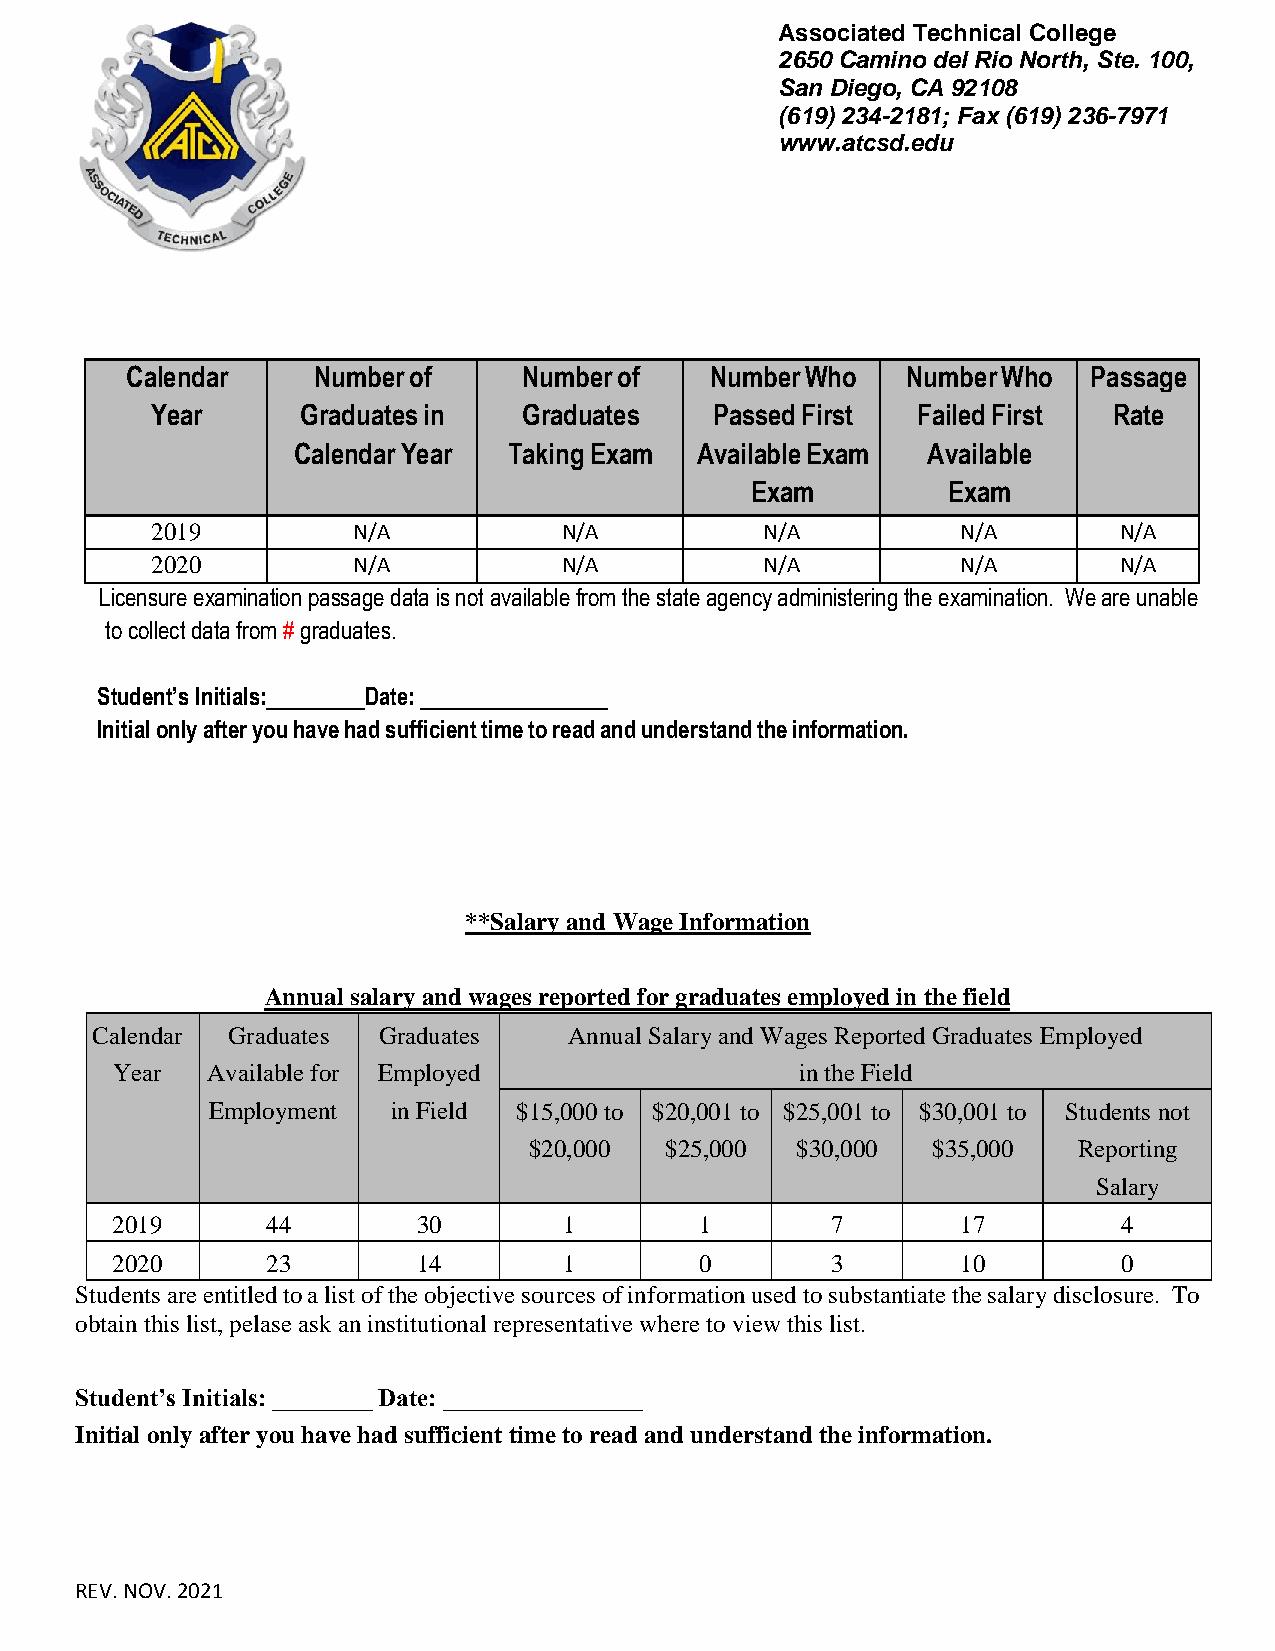
Associated Technical College
 2650 Camino del Rio North, Ste. 100,
 San Diego, CA 92108
 (619) 234-2181; Fax (619) 236-7971
 www.atcsd.edu
 Calendar     Number of     Number of   Number Who   Number Who  Passage
 Year      Graduates in   Graduates   Passed First  Failed First Rate
 Calendar Year  Taking Exam Available Exam Available
 Exam         Exam
 2019         N/A           N/A           N/A          N/A       N/A
 2020         N/A           N/A           N/A          N/A       N/A
 Licensure examination passage data is not available from the state agency administering the examination. We are unable
 to collect data from # graduates.
 Student’s Initials: Date:
 Initial only after you have had sufficient time to read and understand the information.
 **Salary and Wage Information
 Annual salary and wages reported for graduates employed in the field
 Calendar Graduates Graduates    Annual Salary and Wages Reported Graduates Employed
 Year   Available for Employed                 in the Field
 Employment  in Field $15,000 to $20,001 to $25,001 to $30,001 to Students not
 $20,000  $25,000  $30,000  $35,000  Reporting
 Salary
 2019       44        30       1        1        7        17        4
 2020       23        14       1        0        3        10        0
 Students are entitled to a list of the objective sources of information used to substantiate the salary disclosure. To
 obtain this list, pelase ask an institutional representative where to view this list.
 Student’s Initials: ________ Date: ________________
 Initial only after you have had sufficient time to read and understand the information.
 REV. NOV. 2021